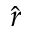
\hat { r }